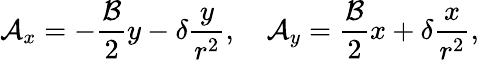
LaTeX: \mathcal{A}_{x}=-\frac{\mathcal{B}}{2}y-\delta\frac{y}{r^{2}},\quad\mathcal{A}_{y}=\frac{\mathcal{B}}{2}x+\delta\frac{x}{r^{2}},